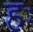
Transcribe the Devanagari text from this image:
हः